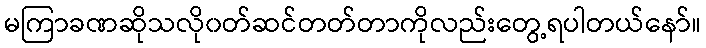
မကြာခဏဆိုသလို၀တ်ဆင်တတ်တာကိုလည်းတွေ့ရပါတယ်နော်။